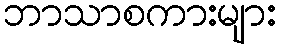
ဘာသာစကားများ